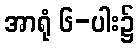
အာရုံ ၆-ပါး၌